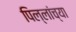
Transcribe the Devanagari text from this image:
पिल्लांच्या